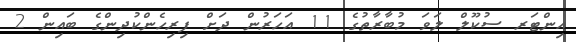
އިންޓަރ ސުކޫލް ލަވަ މުބާރާތުގެ 11 އަހަރުން ދަށް ފިރިހެންކުދިންގެ ބައިން 2